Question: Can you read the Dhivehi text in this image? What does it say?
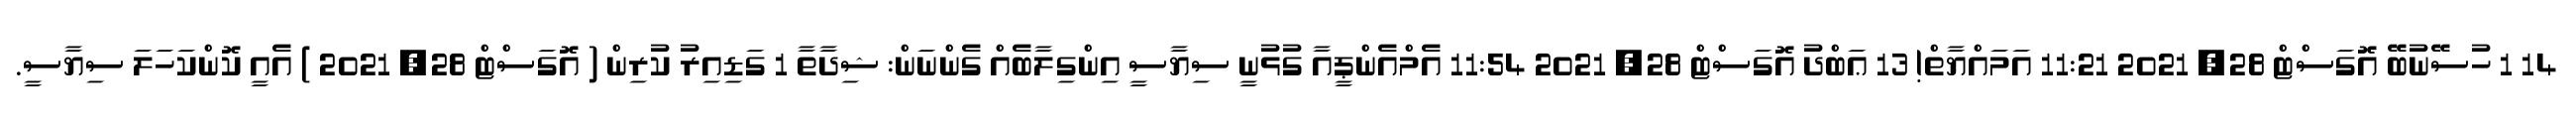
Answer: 14 1 ހުސޭނުބޭ އޮގަސްޓް 28, 2021 11:21 އަމައްޔާތް! 13 ޢަބްދު އޮގަސްޓް 28, 2021 11:54 އެމްއެންޕީއާ ގުޅުނީ ސިޔާސީ އިންގިލާބެއް ގެންނަން: ޝިދާތާ 1 ގަޑިއިރު ކުރިން ( އޮގަސްޓް 28, 2021 ) އެއީ ކޮންކަހަލަ ސިޔާސީ.